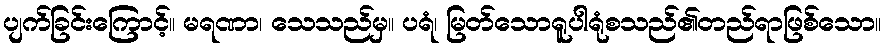
ပျက်ခြင်းကြောင့်။ မရဏာ၊ သေသည်မှ။ ပရံ၊ မြတ်သောရူပါရုံစသည်၏တည်ရာဖြစ်သော။